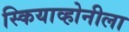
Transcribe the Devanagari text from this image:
स्कियाव्होनीला